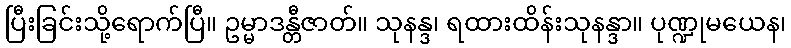
ပြီးခြင်းသို့ရောက်ပြီ။ ဥမ္မာဒန္တီဇာတ်။ သုနန္ဒ၊ ရထားထိန်းသုနန္ဒာ။ ပုဏ္ဍုမယေန၊